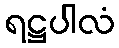
ရဋ္ဌပါလံ